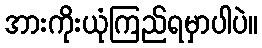
အားကိုးယုံကြည်ရမှာပါပဲ။